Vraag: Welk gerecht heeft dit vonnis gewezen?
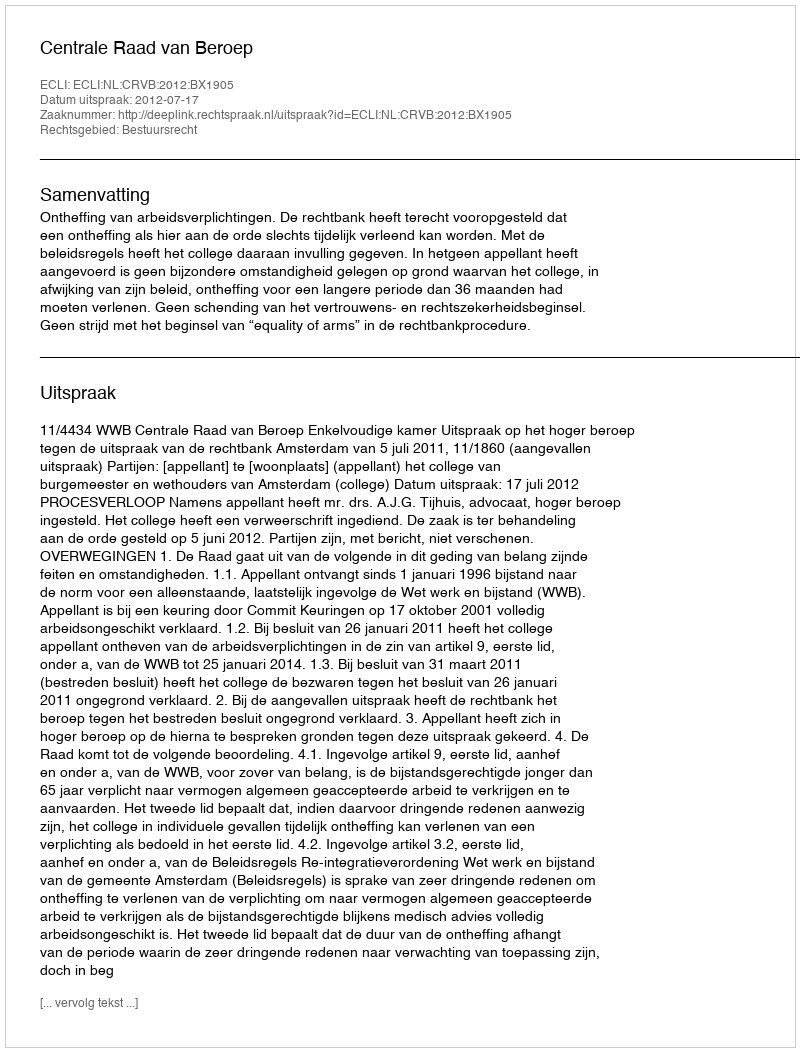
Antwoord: Centrale Raad van Beroep